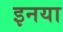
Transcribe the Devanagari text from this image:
इनया